Vaccination in Burma 1920-1933 - 1920-1933
Year: 1920
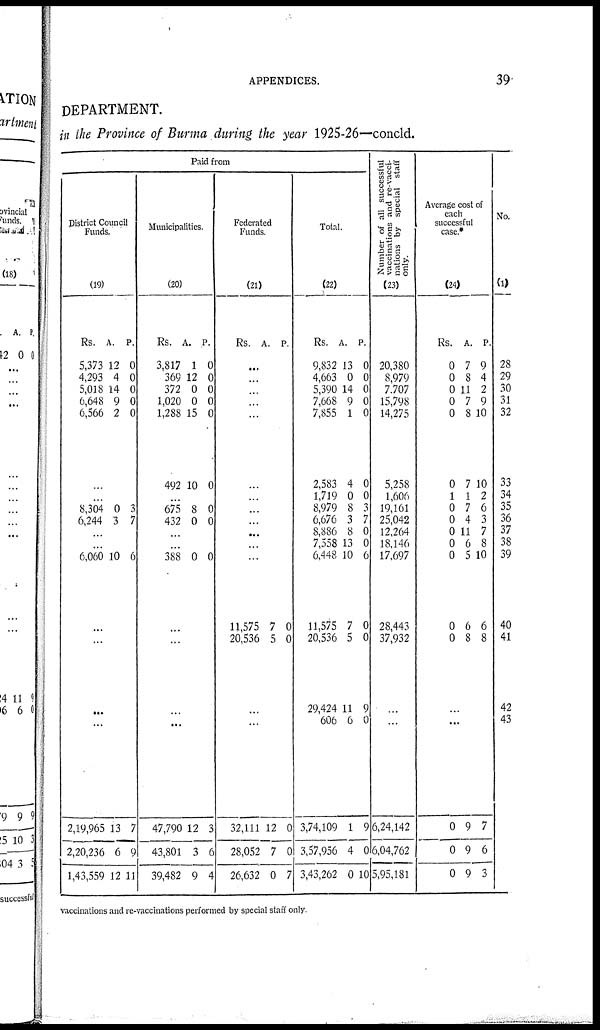
APPENDICES.
39
DEPARTMENT.
in the Province of Burma during the year 1925-26—concld.
Paid from
District Council
Funds.
(19)
Rs.
5,373
4,293
5,018
6,648
6,566
A.
12
4
14
9
2
P.
0
0
0
0
0
...
...
8,304
6,244
0
3
3
7
...
...
6,060 10 6
...
...
...
...
2,19,965
2,20,236
1,43,559
13
6
12
7
9
11
Municipalities.
(20)
Rs.
3,817
369
372
1,020
1,288
492
A.
1
12
0
0
15
10
P.
0
0
0
0
0
0
...
675
432
8
0 0
0
...
...
388 0 0
...
...
...
...
47,790
43,801
39,482
12
3
9
3
6
4
Federated
Funds.
(21)
Rs. A. P.
...
...
...
...
...
...
...
...
...
...
...
...
11,575
20,536
7
5
0
0
...
...
32,111
28,052
26,632
12
7
0
0
0
7
Total.
(22)
Rs.
9,832
4,663
5,390
7,668
7,855
2,583
1,719
8,979
6,676
8,886
7,558
6,448
11,575
20,536
29,424
606
3,74,109
3,57,956
3,43,262
A.
13
0
14
9
1
4
0
8
3
8
13
10
7
5
11
6
1
4
0
P.
0
0
0
0
0
0
0
3
7
0
0
6
0
0
9
0
9
0
10
Number of all successful
vaccinations and re-vacci-
nations by special staff
only.
(23)
20,380
8,979
7,707
15,798
14,275
5,258
1,606
19,161
25,042
12,264
18,146
17,697
28,443
37,932
...
...
6,24,142
6,04,762
5,95,181
Average cost of
each
successful
case.*
(24)
Rs.
0
0
0
0
0
0
1
0
0
0
0
0
0
0
A.
7
8
11
7
8
7
1
7
4
11
6
5
6
8
P.
9
4
2
9
10
10
2
6
3
7
8
10
6
8
...
...
0
0
0
9
9
9
7
6
3
No.
(1)
28
29
30
31
32
33
34
35
36
37
38
39
40
41
42
43
vaccinations and re-vaccinations performed by special staff only.